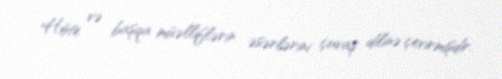
Höte və başqa müəlliflərin əsərlərini çuvaş dilinə çevirmişdir.